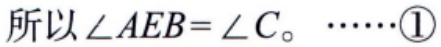
所以\(\angle AEB = \angle C\)。\(\cdots\cdots\textcircled{1}\)